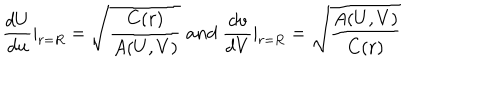
\frac { d U } { d u } | _ { r = R } = \sqrt { \frac { C ( r ) } { A ( U , V ) } } \; a n d \; \frac { d v } { d V } | _ { r = R } = \sqrt { \frac { A ( U , V ) } { C ( r ) } }